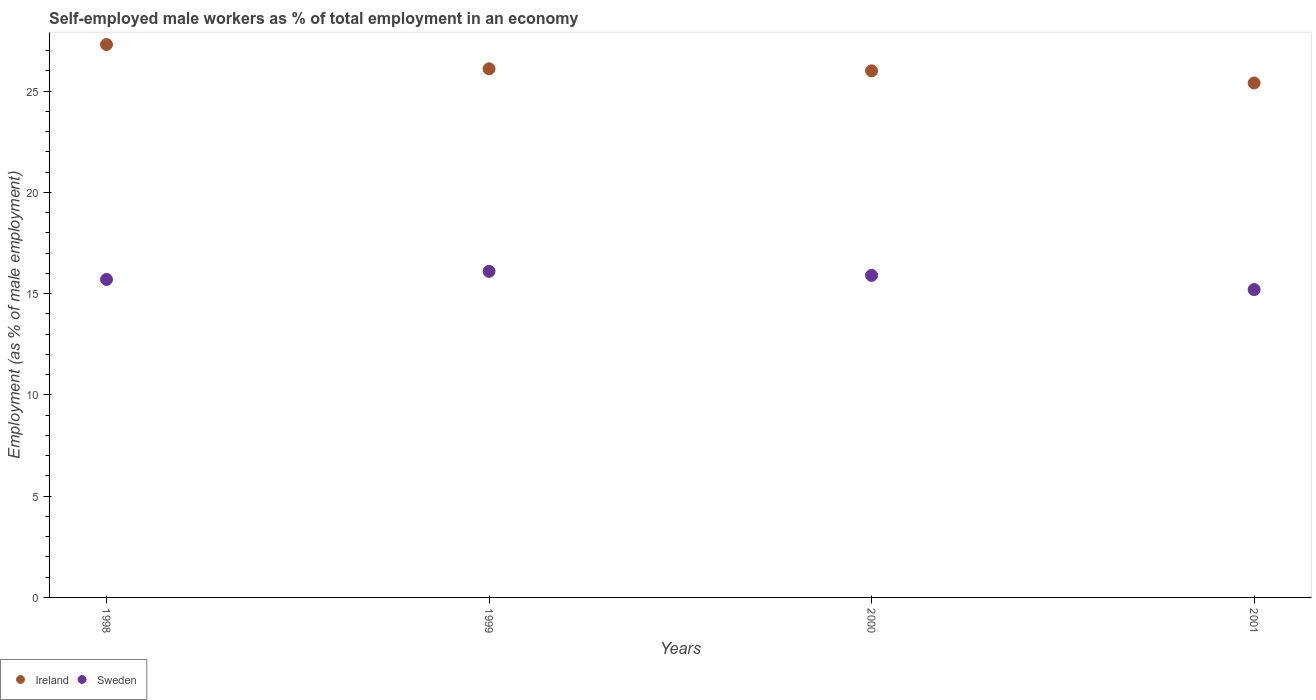
| Years | Ireland | Sweden |
 | --- | --- | --- |
 | 1998 | 27.3 | 15.7 |
 | 1999 | 26.1 | 16.1 |
 | 2000 | 26 | 15.9 |
 | 2001 | 25.4 | 15.2 |